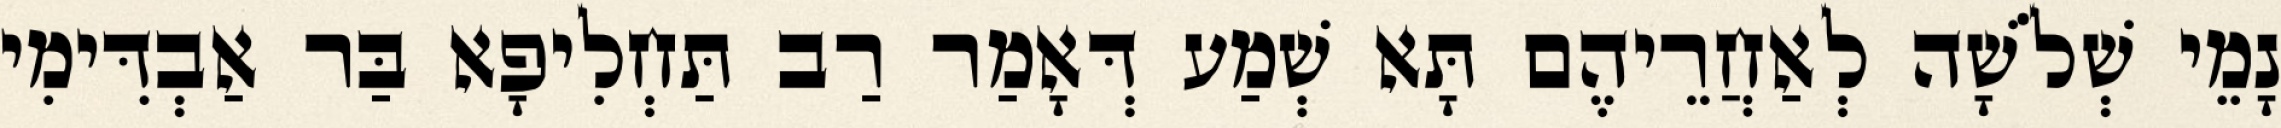
נָמֵי שְׁלֹשָׁה לְאַחֲרֵיהֶם תָּא שְׁמַע דְּאָמַר רַב תַּחְלִיפָא בַּר אַבְדִּימִי